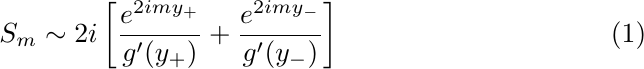
\begin{equation}
S_m \sim 2i \left[ \frac{e^{2imy_+}}{g'(y_+)}  +
	\frac{e^{2imy_-}}{g'(y_-)} \right]
    \label{SI:Kqm-asympt}
\end{equation}